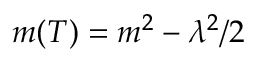
m ( T ) = m ^ { 2 } - \lambda ^ { 2 } / 2